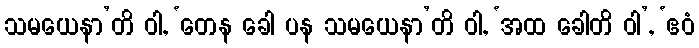
သမယေနာ’တိ ဝါ, ‘တေန ခေါ ပန သမယေနာ’တိ ဝါ, ‘အထ ခေါတိ ဝါ’, ‘ဧဝံ